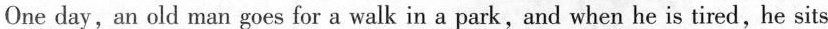
One day, an old man goes for a walk in a park, and when he is tired,he sits